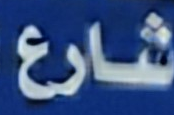
شارع